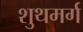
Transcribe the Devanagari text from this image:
शुथमर्ग